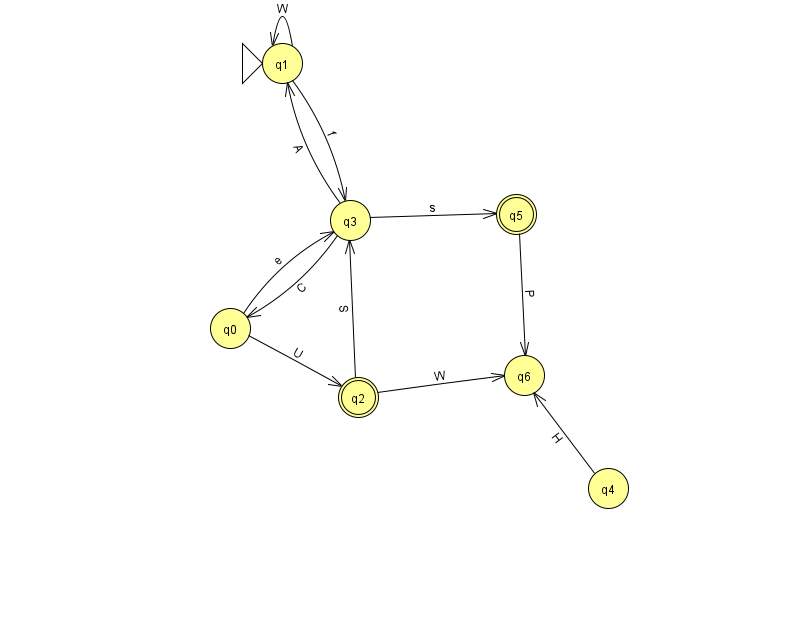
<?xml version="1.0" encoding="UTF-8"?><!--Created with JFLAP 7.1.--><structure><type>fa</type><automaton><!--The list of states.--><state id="0" name="q0"><x>230.0</x><y>315.0</y></state><state id="1" name="q1"><x>282.0</x><y>50.0</y><initial/></state><state id="2" name="q2"><x>358.0</x><y>384.0</y><final/></state><state id="3" name="q3"><x>350.0</x><y>207.0</y></state><state id="4" name="q4"><x>608.0</x><y>475.0</y></state><state id="5" name="q5"><x>516.0</x><y>201.0</y><final/></state><state id="6" name="q6"><x>524.0</x><y>362.0</y></state><!--The list of transitions.--><transition><from>0</from><to>2</to><read>U</read></transition><transition><from>1</from><to>3</to><read>f</read></transition><transition><from>2</from><to>6</to><read>W</read></transition><transition><from>3</from><to>1</to><read>A</read></transition><transition><from>3</from><to>5</to><read>s</read></transition><transition><from>1</from><to>1</to><read>W</read></transition><transition><from>4</from><to>6</to><read>H</read></transition><transition><from>2</from><to>3</to><read>S</read></transition><transition><from>0</from><to>3</to><read>e</read></transition><transition><from>3</from><to>0</to><read>C</read></transition><transition><from>5</from><to>6</to><read>P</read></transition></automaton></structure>